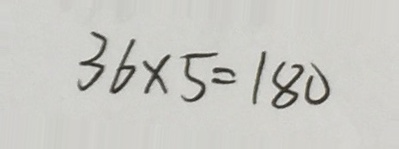
3 6 \times 5 = 1 8 0